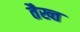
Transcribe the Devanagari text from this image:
तैख्त